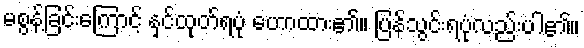
မစွန့်ခြင်းကြောင့် နှင်ထုတ်ရပုံ ဟောထား၏။ ပြန်သွင်းရပုံလည်းပါ၏။